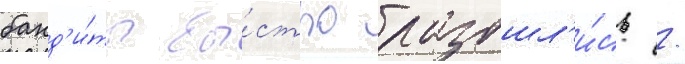
банд'и́ты бы́стро разошл'и́сь /